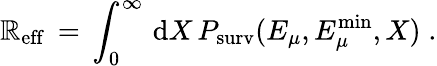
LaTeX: \mathbb{R}_{\mathrm{{eff}}}\, =\, \int_{0}^{\infty}\, \mathrm{{d}}X\, P_{\mathrm{{surv}}}(E_{\mu},E_{\mu}^{\mathrm{{min}}},X)\; .